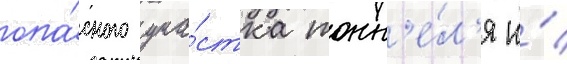
опа́сного уча́стка тонн'е́л'я и́